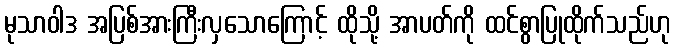
မုသာဝါဒ အပြစ်အားကြီးလှသောကြောင့် ထိုသို့ အာပတ်ကို ထင်စွာပြုထိုက်သည်ဟု